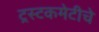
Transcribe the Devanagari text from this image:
ट्रस्टकमेटीचे